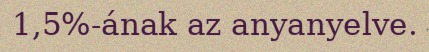
1,5%-ának az anyanyelve.